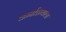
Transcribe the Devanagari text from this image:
कर्नाळयाला